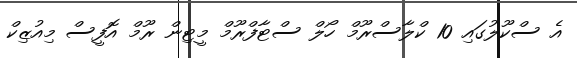
އެ ސްކޫލުގައި 10 ކްލާސްރޫމް ހޯލް ސްޓާފްރޫމް މީޓިން ރޫމް އޮފީސް މިއުޒިކް